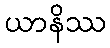
ယာနိဿ